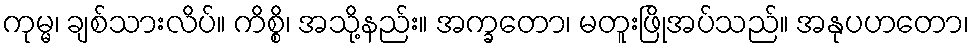
ကုမ္မ၊ ချစ်သားလိပ်။ ကိစ္စိ၊ အသို့နည်း။ အက္ခတော၊ မတူးဖြိုအပ်သည်။ အနုပဟတော၊